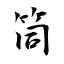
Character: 筒